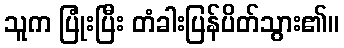
သူက ပြုံးပြီး တံခါးပြန်ပိတ်သွား၏။